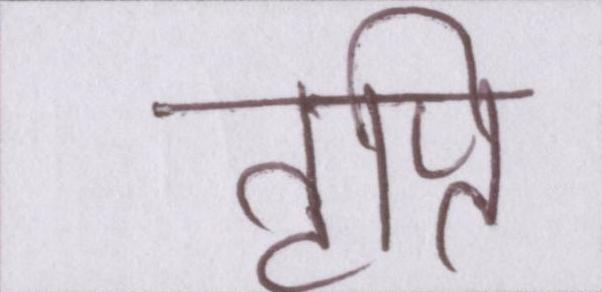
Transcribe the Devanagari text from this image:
तृप्ति